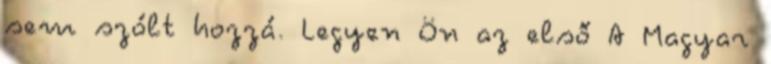
sem szólt hozzá. Legyen Ön az első A Magyar